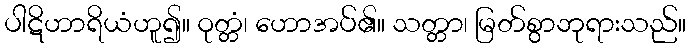
ပါဋိဟာရိယံဟူ၍။ ဝုတ္တံ၊ ဟောအပ်၏။ သတ္တာ၊ မြတ်စွာဘုရားသည်။